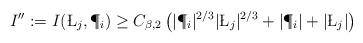
LaTeX: \begin{align*} I'':=I(\L_j,\P_i)\geq C_{\beta, 2}\left( |\P_i|^{2/3}|\L_j|^{2/3}+|\P_i|+|\L_j|\right)\end{align*}